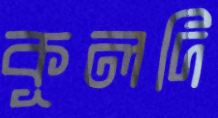
কূলদি